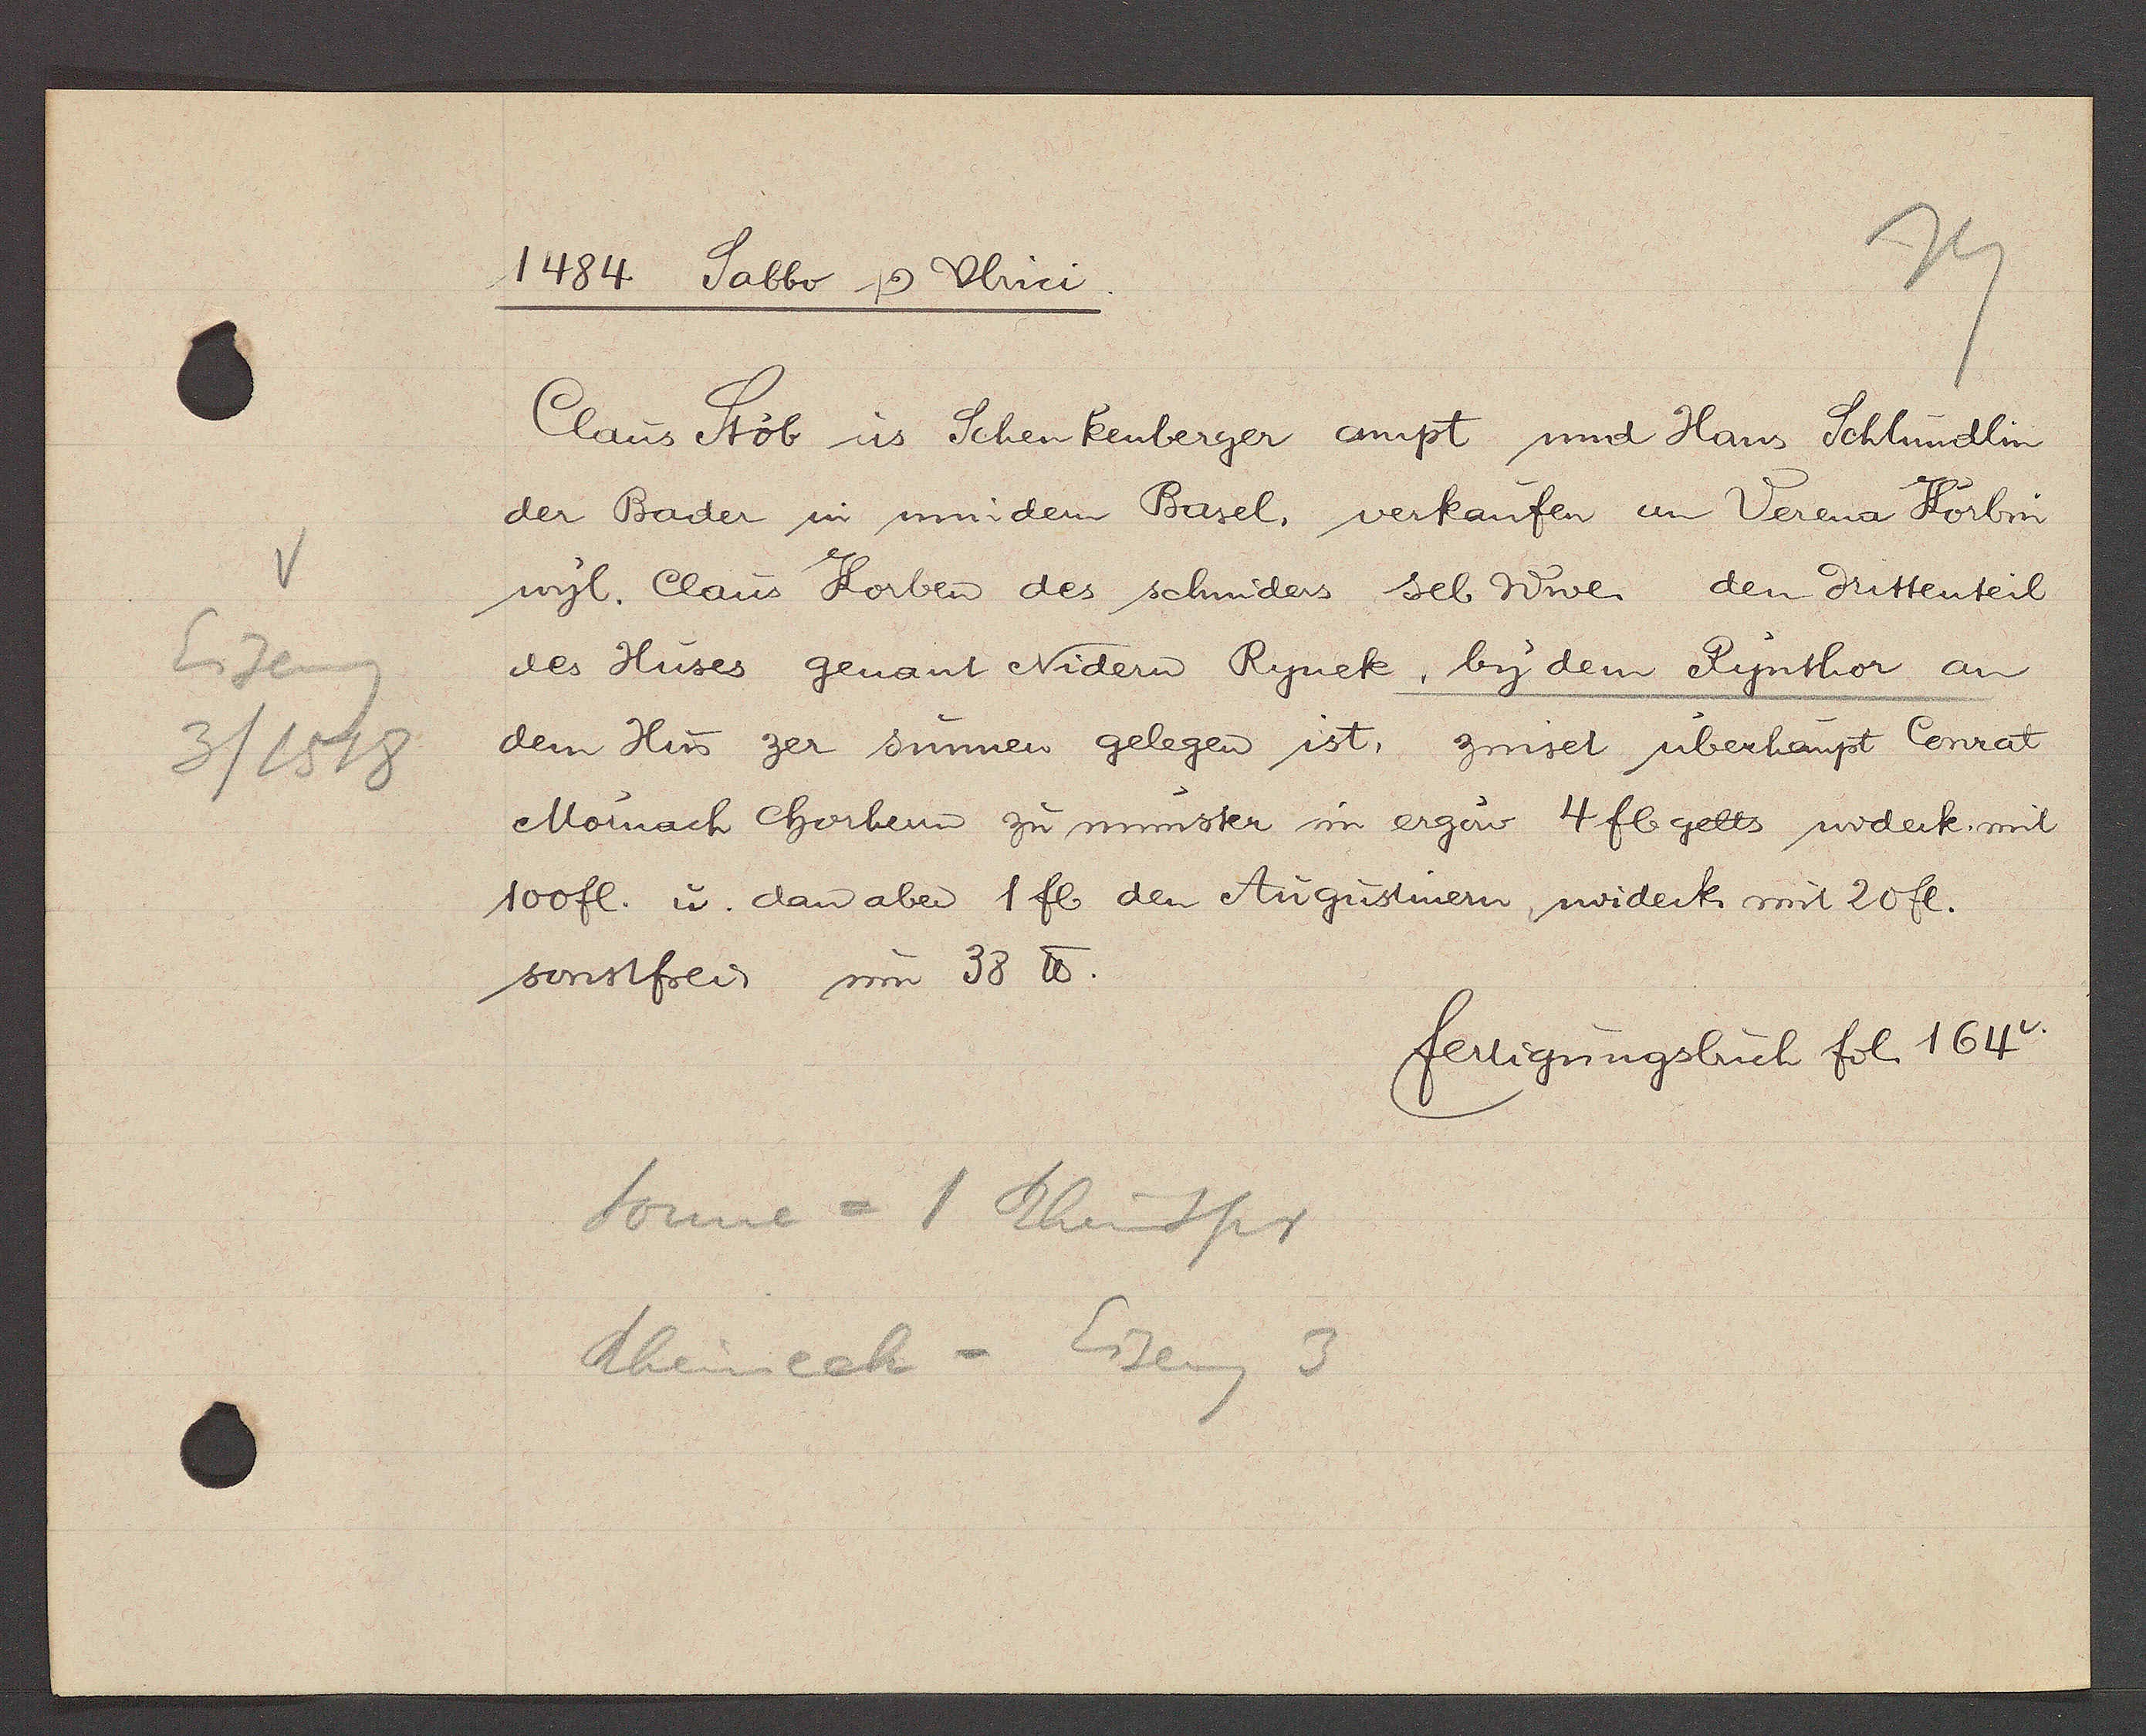
Transcript:
Eiseng
3/1518

1484 Sabbo Ƿ Ulrici
Claus Stob us Schenkenberger ampt und Hans Schlundlin
der Bader in mindem Basel, verkaufen an Verena Korbin
wyl. Claus Korben des schniders sel Wwe. den drittenteil
des Huses genant Nidern Rynek , by dem Rynthor an
dem Hus zer sunnen gelegen ist, zinset uberhaupt Conrat
Mornach Chorhern zu munster im ergouw 4 fl gelts widerk mit
100 fl. u dan aber 1 fb den Augustinern widerk mit 20 fl.
sonst frei um 38 ℔.
fertigungsbuch fol 164v.
Sonne = 1 Rheinspr
Rheineck = Eiseng 3